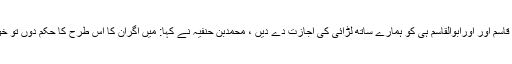
وہ کہنے لگے آپ اپنے صاحبزادوں قاسم اور اورابوالقاسم ہی کو ہمارے ساتھ لڑائی کی اجازت دے دیں ، محمدبن حنفیہ نے کہا: میں اگران کا اس طرح کا حکم دوں تو خود نہ تمہارے ساتھ شریک ہوجاؤں ۔